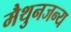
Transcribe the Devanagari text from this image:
मैथुनजन्य